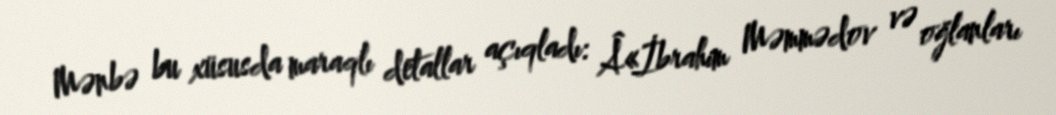
Mənbə bu xüsusda maraqlı detallar açıqladı: Â«İbrahim Məmmədov və oğlanları